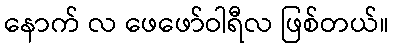
နောက် လ ဖေဖော်ဝါရီလ ဖြစ်တယ်။